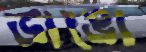
ভাঙো